Report of the Indian Hemp Drugs Commission, 1894-1895 - Volume VII
Year: 1894
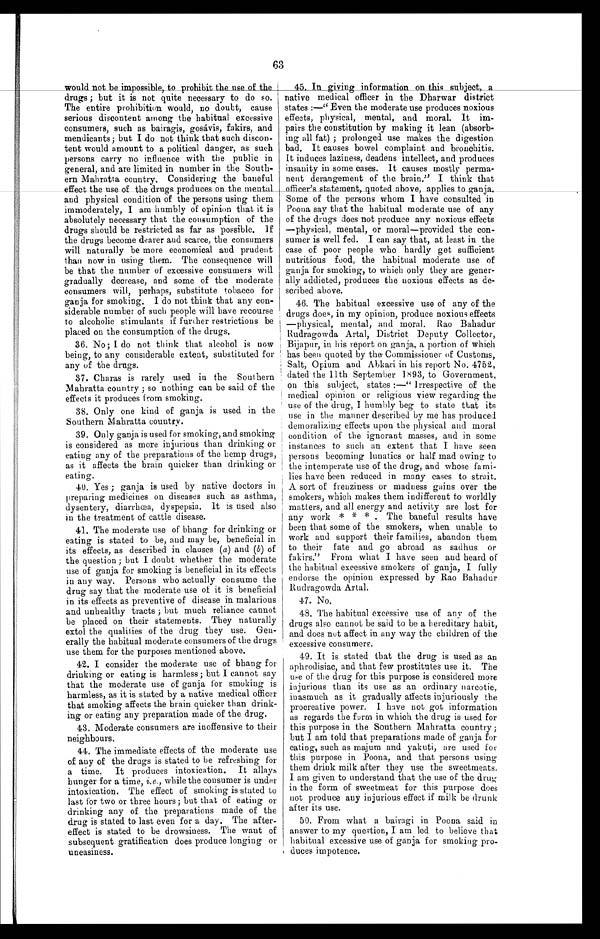
63
would not be impossible, to prohibit the use of the
drugs ; but it is not quite necessary to do so.
The entire prohibition would, no doubt, cause
serious discontent among the habitual excessive
consumers, such as bairagis, gosávis, fakirs, and
mendicants; but I do not think that such discon
- t e n t w o u l d a m o u n t t o a p o l i t i c a l d a n g e r , a s s u c h
persons carry no influence with the public in
general, and are limited in number in the South
-ern Mahratta country. Considering the baneful
e f f e c t t h e u s e o f t h e d r u g s p r o d u c e s o n t h e m e n t a l a n d p h y s i c a l c o n d i t i o n o f t h e p e r s o n s u s i n g t h e m
immoderately, I am humbly of opinion that it is
absolutely necessary that the consumption of the
drugs should be restricted as far as possible. If
the drugs become dearer and scarce, the consumers
will naturally be more economical and prudent
than now in using them. The consequence will
be that the number of excessive consumers will
gradually decrease, and some of the moderate
consumers will, perhaps, substitute tobacco for
ganja for smoking. I do not think that any con
- s i d e r a b l e n u m b e r o f s u c h p e o p l e w i l l h a v e r e c o u r s e
to alcoholic stimulants if further restrictions be
placed on the consumption of the drugs.
36. No; I do not think that alcohol is n ow
being, to any considerable extent, substituted for
any of the drugs.
37. Charas is rarely used in the Southern
Mahratta country ; so nothing can be said of the
effects it produces from smoking.
38. Only one kind of ganja is used in the
Southern Mahratta country.
39. Only ganja is used for smoking, and smoking
is considered as more injurious than drinking or
eating any of the preparations of the hemp drugs,
as it affects the brain quicker than drinking or
eating.
40. Yes ; ganja is used by native doctors in
preparing medicines on diseases such as asthma,
dysentery, diarrhœa, dyspepsia. It is used also
in the treatment of cattle disease.
41. The moderate use of bhang for drinking or
eating is stated to be, and may be, beneficial in
its effects, as described in clauses (a) and (b) of
the question ; but I doubt whether the moderate
use of ganja for smoking is beneficial in its effects
in any way. Persons who actually consume the
drug say that the moderate use of it is beneficial
in its effects as preventive of disease in malarious
and unhealthy tracts ; but much reliance cannot
be placed on their statements. They naturally
extol the qualities of the drug they use. Gen--
erally the habitual moderate consumers of the drugs
use them for the purposes mentioned above.
42. I consider the moderate use of bhang for
drinking or eating is harmless; but I cannot say
that the moderate use of ganja for smoking is
harmless, as it is stated by a native medical officer
that smoking affects the brain quicker than drink
- i n g o r e a t i n g a n y p r e p a r a t i o n m a d e o f t h e d r u g .
43. Moderate consumers are inoffensive to their
neighbours.
44. The immediate effects of the moderate use
of any of the drugs is stated to be refreshing for
a time. It produces intoxication. It allays
hunger for a time, i.e., while the consumer is under
intoxication. The effect of smoking is stated to
last for two or three hours; but that of eating or
drinking any of the preparations made of the
drug is stated to last even for a day. The after--
effect is stated to be drowsiness. The want of
subsequent gratification does produce longing or
uneasiness.
45 In giving information on this subject
, native medical officer in the Dharwar district
states :—" Even the moderate use produces noxious
effects, physical, mental, and moral. It im
-pairs the constitution by making it lean (absorb--
ing all fat) ; prolonged use makes the digestion
bad. It causes bowel complaint and bronchitis.
It induces laziness, deadens intellect, and produces
insanity in some cases. It causes mostly perma
-nent derangement of the brain." I think that
officer's statement, quoted above, applies to ganja.
Some of the persons whom I have consulted in
Poona say that the habitual moderate use of any
of the drugs does not produce any noxious effects
—physical, mental, or moral—provided the con--
sumer is well fed. I can say that, at least in the
case of poor people who hardly get sufficient
nutritious food, the habitual moderate use of
ganja for smoking, to which only they are gener--
ally addicted, produces the noxious effects as de
-scribed above.
46. The habitual excessive use of any of the
drugs does, in my opinion, produce noxious effects
— p h y s i c a l , m e n t a l , a n d m o r a l . R a o B a h a d u r
Rudragowda Artal, District Deputy Collector,
Bijapur, in his report on ganja, a portion of which
has been quoted by the Commissioner of Customs,
Salt, Opium and Abkari in his report No. 4752,
dated the 11th September 1893, to Government,
on this subject, states :—" Irrespective of the
medical opinion or religious view regarding the
use of the drug, I humbly beg to state that its
use in the manner described by me has produced
demoralizing effects upon the physical and moral
condition of the ignorant masses, and in some
instances to such an extent that I have seen
persons becoming lunatics or half mad owing to
the intemperate use of the drug, and whose fami--
lies have been reduced in many cases to strait.
A sort of frenziness or madness gains over the
smokers, which makes them indifferent to worldly
matters, and all energy and activity are lost for
any work * * * . The baneful results have
been that some of the smokers, when unable to
work and support their families, abandon them
to their fate and go abroad as sadhus or
fakirs." From what I have seen and heard of
the habitual excessive smokers of ganja, I fully
endorse the opinion expressed by Rao Bahadur
Rudragowda Artal.
4 7 . N o .
48. The habitual excessive use of any of the
drugs also cannot be said to be a hereditary habit,
and does not affect in any way the children of the
excessive consumers.
49. It is stated that the drug is used as an
aphrodisiac, and that few prostitutes use it. The
use of the drug for this purpose is considered more
injurious than its use as an ordinary narcotic,
inasmuch as it gradually affects injuriously the
procreative power. I have not got information
as regards the form in which the drug is used for
this purpose in the Southern Mahratta country ;
but I am told that preparations made of ganja for
eating, such as majum and yakuti, are used for
this purpose in Poona, and that persons using
them drink milk after they use the sweetmeats.
I am given to understand that the use of the drug
in the form of sweetmeat for this purpose does
not produce any injurious effect if milk be drunk
after its use.
50. From what a bairagi in Poona said in
answer to my question, I am . led to believe that
, habitual excessive use of ganja for smoking pro--
duces impotence.